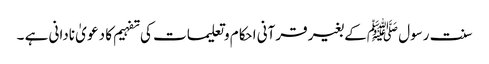
سنت رسول ﷺکے بغیر قرآنی احکام وتعلیمات کی تفہیم کا دعو یٰ نادانی ہے ۔